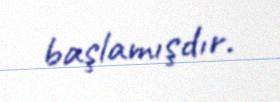
başlamışdır.